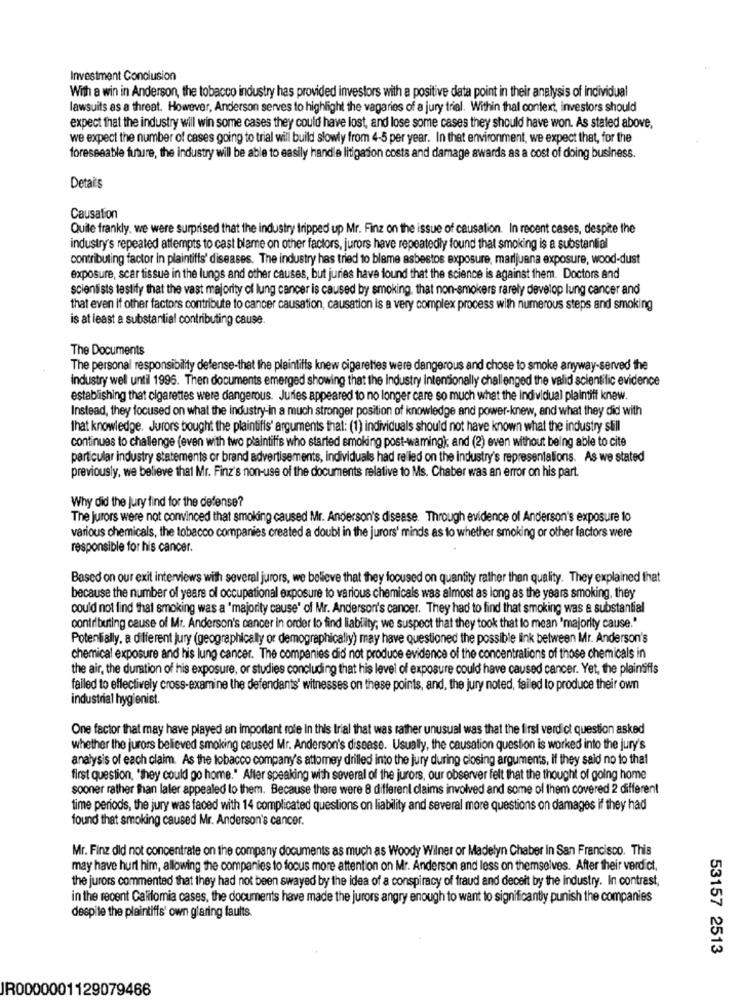
Investment Conclusion
With a win in Anderson, the tobacco industry has provided investors with a positive data point in their analysis of individual
lawsuits as a threat. However, Anderson serves to highlight the vagaries of a jury trial. Within thal context, investors should
expect that the industry will win some cases they could have lost, and lose some cases they should have won. As stated above,
we expect the number of cases going to trial will build slowly from 4-5 per year. In that environment, we expect that, for the
foreseeable future, the industry will be able to easily handle litigation costs and damage awards as a cost of doing business.
Detai's
Causation
Quite frankly, we were surprised that the industry tripped up Mr. Finz on the issue of causation. In recent cases, despite the
industry's repeated attempts to cast blame on other factors, jurors have repeatedly found that smoking is a substantial
contributing factor in plaintiffs' diseases. The industry has tried to blame asbestos exposure, marijuana exposure, wood-dust
exposure, scar tissue in the lungs and other causes, but juries have found that the science is against them. Doctors and
scientists testify that the vast majority of lung cancer is caused by smoking, that non-smokers rarely develop lung cancer and
that even if other factors contribute to cancer causation, causation is a very complex process with numerous steps and smoking
is at least a substantial contributing cause.
The Documents
The personal responsibility defense-that the plaintiffs knew cigarettes were dangerous and chose to smoke anyway-served the
Industry well until 1996. Then documents emerged showing that the industry Intentionally challenged the valid scientific evidence
establishing that cigarettes were dangerous. Juries appeared to no longer care so much what the individual plaintiff knew.
Instead, they focused on what the industry-in a much stronger position of knowledge and power-knew, and what they did with
that knowledge. Jurors bought the plaintiffs' arguments that: (1) individuals should not have known what the industry still
continues to challenge (even with two plaintiffs who started smoking post-waming); and (2) even without being able to cite
particular industry statements or brand advertisements, individuals had relied on the industry's representations. As we stated
previously, we believe that Mr. Finz's non-use of the documents relative to Ms. Chaber was an error on his part.
Why did the Jury find for the defense?
The jurors were not convinced that smoking caused Mr. Anderson's disease. Through evidence of Anderson's exposure to
various chemicals, the tobacco companies created a doubl in the jurors' minds as to whether smoking or other factors were
responsible for his cancer.
Based on our exit interviews with several jurors, we believe that they focused on quantity rather than quality. They explained that
because the number of years of occupational exposure to various chemicals was almost as long as the years smoking, they
could not find that smoking was a 'majority cause' of Mr. Anderson's cancer. They had to find that smoking was a substantial
contributing cause of Mr. Anderson's cancer in order to find liability; we suspect that they took that to mean 'majority cause."
Potentially, a different jury (geographically or demographically) may have questioned the possible link between Mr. Anderson's
chemical exposure and his lung cancer. The companies did not produce evidence of the concentrations of those chemicals in
the air, the duration of his exposure, or studies concluding that his level of exposure could have caused cancer. Yet, the plaintiffs
failed to effectively cross-examine the defendants' witnesses on these points, and, the jury noted, failed to produce their own
industrial hygienist.
One factor that may have played an important role in this trial that was rather unusual was that the first verdict question asked
whether the jurors believed smoking caused Mr. Anderson's disease. Usually, the causation question is worked into the jury's
analysis of each claim. As the tobacco company's attomey drilled into the jury during closing arguments, if they said no to thal
first question, "they could go home." After speaking with several of the jurors, our observer felt that the thought of going home
sooner rather than later appealed to them. Because there were 8 different claims involved and some of them covered 2 different
time periods, the jury was faced with 14 complicated questions on liability and several more questions on damages if they had
found that smoking caused Mr. Anderson's cancer.
Mr. Finz did not concentrate on the company documents as much as Woody Wilner or Madelyn Chaber in San Francisco. This
may have hurt him, allowing the companies to focus more attention on Mr. Anderson and less on themselves. After their verdict.
the jurors commented that they had not been swayed by the idea of a conspiracy of fraud and deceit by the Industry. In contrast,
in the recent Califomia cases, the documents have made the jurors angry enough to want to significantly punish the companies
despite the plaintiffs' own glaring faults.
53157 2513
JR0000001129079466